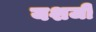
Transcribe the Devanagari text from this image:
यशजी